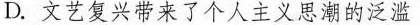
D.文艺复兴带来了个人主义思潮的泛滥